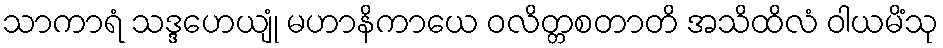
သာကာရံ သဒ္ဒဟေယျုံ မဟာနိကာယေ ဝလိတ္တစတာတိ အသိထိလံ ဝါယမိံသု